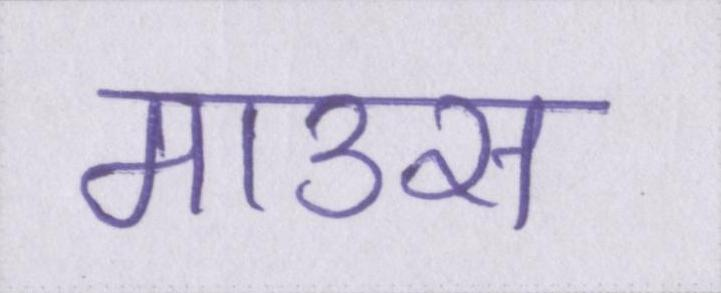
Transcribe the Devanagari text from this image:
माउस